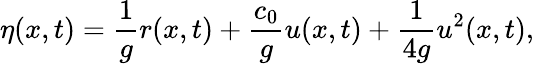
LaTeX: \eta(x,t)=\frac{1}{g}r(x,t)+\frac{c_{0}}{g}u(x,t)+\frac{1}{4g}u^{2}(x,t),